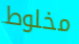
مخلوط